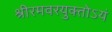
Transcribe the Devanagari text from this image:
श्रीरमवरयुक्‍तोऽयं